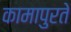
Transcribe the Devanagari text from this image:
कामापुरते